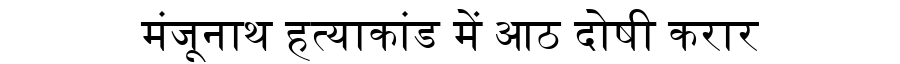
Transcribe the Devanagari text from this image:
मंजूनाथ हत्याकांड में आठ दोषी करार